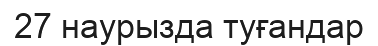
27 наурызда туғандар